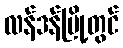
လန်ဒန်မြို့တွင်